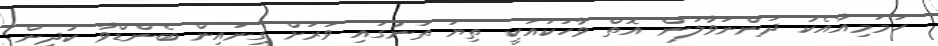
ހަމަމިއާއެކު ދަންނަވާލަން އޮތް ވާހަކައަކީ ތިޔަ ތަނުގައި ވަރަށް ގިނައިން ބެންޑްވާ ކުދިން